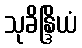
သုခိန္ဒြိယံ